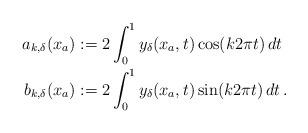
LaTeX: \begin{align*}\begin{aligned}a_{k, \delta}(x_a) &:= 2 \int_{0}^{1} y_\delta(x_a,t)\cos(k 2\pi t)\,dt\\b_{k,\delta}(x_a) &:= 2 \int_{0}^{1} y_\delta(x_a,t)\sin(k 2\pi t)\,dt\,.\end{aligned}\end{align*}